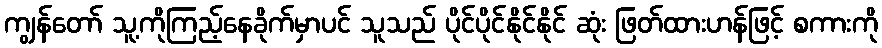
ကျွန်တော် သူ့ကိုကြည့်နေခိုက်မှာပင် သူသည် ပိုင်ပိုင်နိုင်နိုင် ဆုံး ဖြတ်ထားဟန်ဖြင့် စကားကို